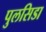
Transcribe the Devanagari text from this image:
पुलसिडा